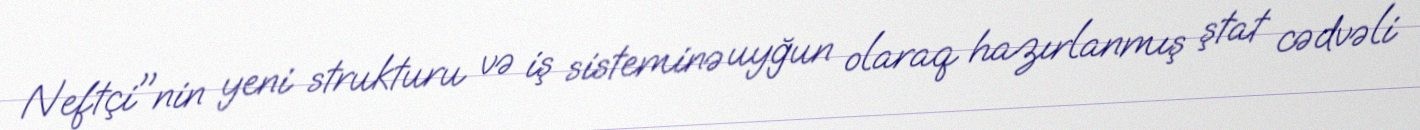
Neftçi"nin yeni strukturu və iş sisteminə uyğun olaraq hazırlanmış ştat cədvəli